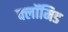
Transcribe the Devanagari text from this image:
क्लॉमिड